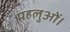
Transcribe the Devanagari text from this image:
पहलुओं।